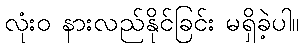
လုံးဝ နားလည်နိုင်ခြင်း မရှိခဲ့ပါ။